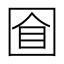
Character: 𡇡